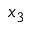
x _ { 3 }